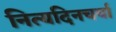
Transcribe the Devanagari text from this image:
नित्यदिनचर्या